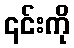
၎င်းကို